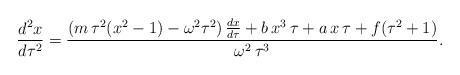
LaTeX: \begin{align*}\frac{d^2x}{d\tau^2} = \frac{ \left(m\,\tau^2(x^2-1) -\omega^2\tau^2\right) \frac{dx}{d\tau} +b\,x^3\,\tau + a\,x\,\tau+f(\tau^2+1)}{\omega^2\,\tau^3}.\end{align*}